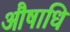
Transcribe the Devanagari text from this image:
औषाधि